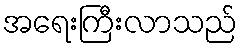
အရေးကြီးလာသည်